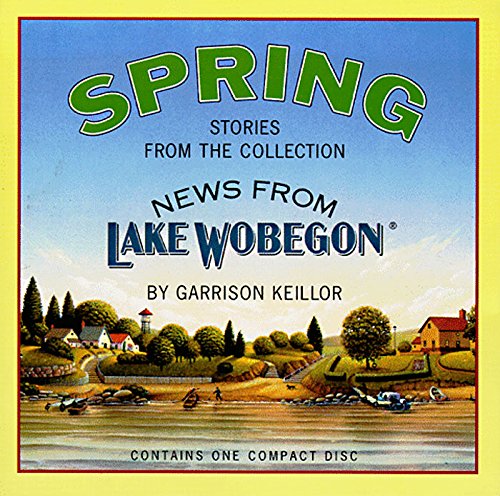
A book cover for News from Lake Wobegon Spring; Garrison Keillor; Humor & Entertainment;